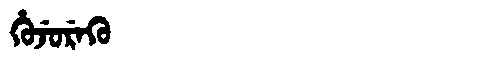
Manchu: ᡥᡠᠵᡠᡵᡝᡴᡠ
Romanization: HUJUREKU